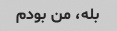
بله، من بودم